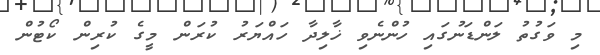
މި ވަގުތު ލަންޑަނުގައި ހުންނެވި ޚާލިދާ ހައްޔަރު ކުރަން މީގެ ކުރިން ކޯޓުން